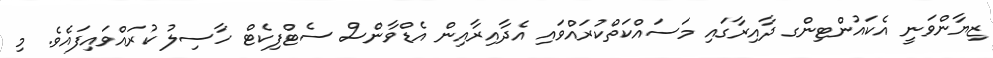
ޒިޔާންވަނީ އެކައުންޓިންގ ދާއިރާގައި މަސައްކަތްކުރައްވައި އެދާއިރާއިން އެޑްވާންސް ސެޓްފިކެޓް ހާސިލު ކުރައްވައިފައެވެ. މި